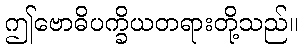
ဤဗောဓိပက္ခိယတရားတို့သည်။